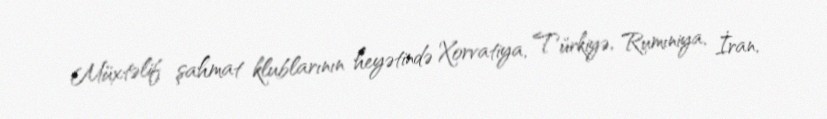
Müxtəlif şahmat klublarının heyətində Xorvatiya, Türkiyə, Rumıniya, İran,